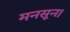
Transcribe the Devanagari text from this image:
मनसून।